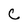
Character: C